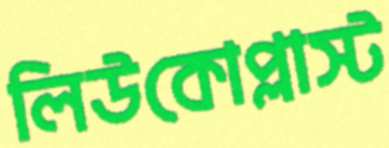
লিউকোপ্লাস্ট